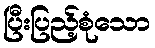
ပြီးပြည့်စုံသော